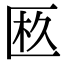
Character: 𠥂